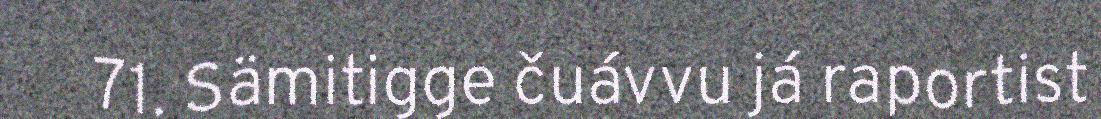
71. Sämitigge čuávvu já raportist